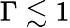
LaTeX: \Gamma\lesssim 1